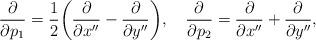
LaTeX: \begin{align*}{\partial \over \partial p_1} = {1\over2} \biggl( {\partial \over \partial x''} - {\partial \over \partial y''} \biggr), \quad{\partial \over \partial p_2} = {\partial \over \partial x''} + {\partial \over \partial y''},\end{align*}